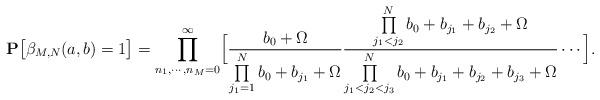
LaTeX: \begin{align*}{\bf P}\bigl[\beta_{M,N}(a,b)=1\bigr] = \prod\limits_{n_1,\cdots ,n_M=0}^\infty \Bigl[\frac{b_0+\Omega}{\prod\limits_{j_1=1}^N b_0+b_{j_1}+\Omega}\frac{\prod\limits_{j_1<j_2}^N b_0+b_{j_1}+b_{j_2}+\Omega}{\prod\limits_{j_1<j_2<j_3}^N b_0+b_{j_1}+b_{j_2}+b_{j_3}+\Omega}\cdots\Bigr].\end{align*}